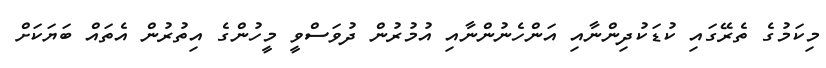
މިކަމުގެ ތެރޭގައި ކުޑަކުދިންނާއި އަންހެނުންނާއި އުމުރުން ދުވަސްވީ މީހުންގެ އިތުރުން އެތައް ބަޔަކަށް